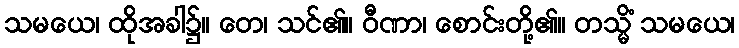
သမယေ၊ ထိုအခါ၌။ တေ၊ သင်၏။ ဝီဏာ၊ စောင်းတို့၏။ တသ္မိံ သမယေ၊